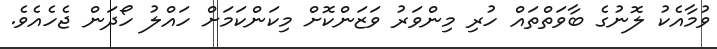
ވުމާއެކު ލޮނުގެ ބާވަތްތައް ހުރި މިންވަރު ވަޒަންކޮށް މިކަންކަމަށް ހައްލު ހޯދަން ޖެހެއެވެ.